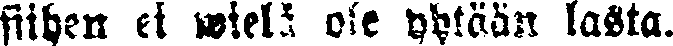
siihen ei wielä ole yhtään lasta.